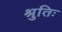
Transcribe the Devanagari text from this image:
श्रुतिः